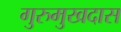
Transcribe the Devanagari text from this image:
गुरुमुखदास